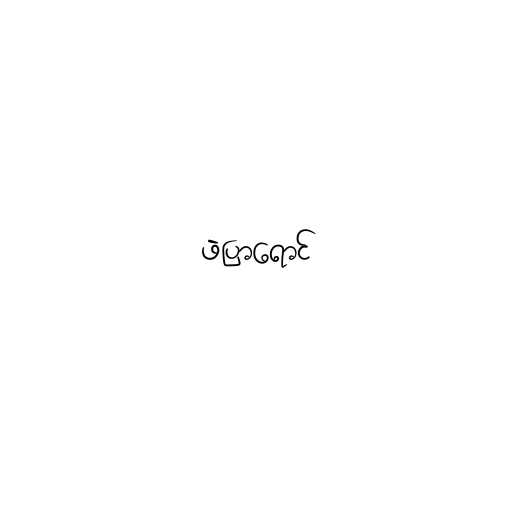
ဖဲပြာရောင်